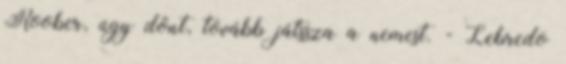
Roober, úgy dönt, tovább játssza a nemest. - Lebredo